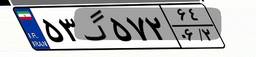
۵۴گ۳۰۸۰۴